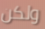
ولكن